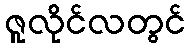
ဇူလိုင်လတွင်